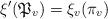
LaTeX: \begin{gather*}\xi'(\mathfrak P_v) = \xi_v(\pi_v)\end{gather*}